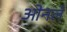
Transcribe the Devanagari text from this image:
ओनले